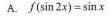
A.$$f ( \sin 2 x ) = \sin x$$